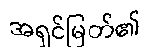
အရှင်မြတ်၏